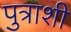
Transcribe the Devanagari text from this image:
पुत्राशी